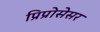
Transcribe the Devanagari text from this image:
प्रिप्रोसेसर